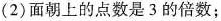
(2)面朝上的点数是3的倍数；